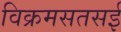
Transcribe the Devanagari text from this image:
विक्रमसतसई